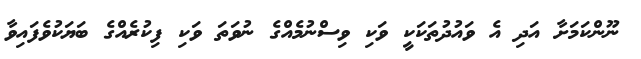
ނޫންކަމަށާ އަދި އެ ވައުދުތަކަކީ ވަކި ވިސްނުމެއްގެ ނުވަތަ ވަކި ފިކުރެއްގެ ބަޔަކުވެފައިވާ